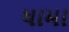
ધામા